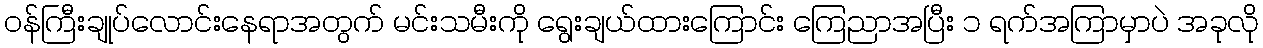
၀န်ကြီးချုပ်လောင်းနေရာအတွက် မင်းသမီးကို ရွေးချယ်ထားကြောင်း ကြေညာအပြီး ၁ ရက်အကြာမှာပဲ အခုလို